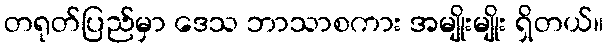
တရုတ်ပြည်မှာ ဒေသ ဘာသာစကား အမျိုးမျိုး ရှိတယ်။